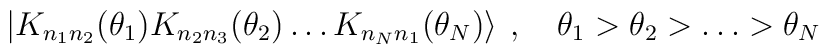
\left| K_{n_{1}n_{2}}(\theta _{1})K_{n_{2}n_{3}}(\theta _{2})\ldots K_{n_{N}n_{1}}(\theta _{N})\right\rangle \: ,\quad \theta _{1}>\theta _{2}>\ldots >\theta _{N}